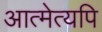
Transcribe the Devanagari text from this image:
आत्मेत्यपि